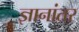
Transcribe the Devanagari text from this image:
ज्ञानांतर